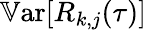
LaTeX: \mathbb{V}\textrm{ar}[R_{k,j}(\tau)]